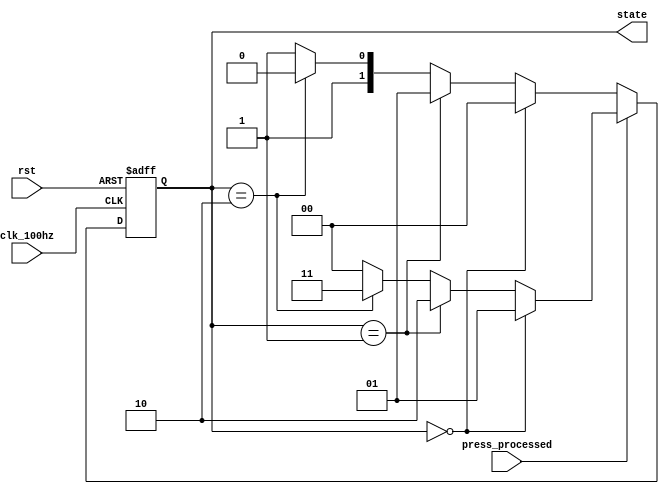
`timescale 1ns / 1ps
//////////////////////////////////////////////////////////////////////////////////
// Company: 
// Engineer: 
// 
// Design Name: 
// Module Name: FSM
// Project Name: 
// Target Devices: 
// Tool Versions: 
// Description: 
// 
// Dependencies: 
// 
// Revision:
// Revision 0.01 - File Created
// Additional Comments:
// 
//////////////////////////////////////////////////////////////////////////////////
`define twenty_four_hr_system 2'b00
`define twelve_hr_system 2'b01
`define date 2'b10
`define year 2'b11


module FSM(clk_100hz, rst, press_processed, state);
    input clk_100hz, rst;
    input press_processed;
    output [1:0] state;
    
    reg [1:0] state;
    reg [1:0] state_next;
    
    always @* begin
        case(press_processed)
            1'b0: begin
                if(state == `twenty_four_hr_system) state_next = `twenty_four_hr_system;
                else if(state == `twelve_hr_system) state_next = `twelve_hr_system;
                else if(state == `date) state_next = `date;
                else state_next = `year;                
            end
            default: begin
                if(state == `twenty_four_hr_system) state_next = `twelve_hr_system;
                else if(state == `twelve_hr_system) state_next = `date;
                else if(state == `date) state_next = `year;
                else state_next = `twenty_four_hr_system;
            end
        endcase
    end
    
    always @(posedge clk_100hz or negedge rst) begin
        if(~rst) begin
            state <= 2'b00;
        end
        else begin
            state <= state_next;
        end
    end
endmodule